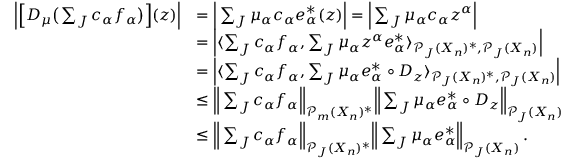
\begin{array} { r l } { \Big | \Big [ D _ { \mu } \big ( \sum _ { J } c _ { \alpha } f _ { \alpha } \big ) \Big ] ( z ) \Big | } & { = \Big | \sum _ { J } \mu _ { \alpha } c _ { \alpha } e _ { \alpha } ^ { * } ( z ) \Big | = \Big | \sum _ { J } \mu _ { \alpha } c _ { \alpha } z ^ { \alpha } \Big | } \\ & { = \Big | \langle \sum _ { J } c _ { \alpha } f _ { \alpha } , \sum _ { J } \mu _ { \alpha } z ^ { \alpha } e _ { \alpha } ^ { * } \rangle _ { \mathcal { P } _ { J } ( X _ { n } ) ^ { * } , \mathcal { P } _ { J } ( X _ { n } ) } \Big | } \\ & { = \Big | \langle \sum _ { J } c _ { \alpha } f _ { \alpha } , \sum _ { J } \mu _ { \alpha } e _ { \alpha } ^ { * } \circ D _ { z } \rangle _ { \mathcal { P } _ { J } ( X _ { n } ) ^ { * } , \mathcal { P } _ { J } ( X _ { n } ) } \Big | } \\ & { \leq \Big \| \sum _ { J } c _ { \alpha } f _ { \alpha } \Big \| _ { \mathcal { P } _ { m } ( X _ { n } ) ^ { * } } \Big \| \sum _ { J } \mu _ { \alpha } e _ { \alpha } ^ { * } \circ D _ { z } \Big \| _ { \mathcal { P } _ { J } ( X _ { n } ) } } \\ & { \leq \Big \| \sum _ { J } c _ { \alpha } f _ { \alpha } \Big \| _ { \mathcal { P } _ { J } ( X _ { n } ) ^ { * } } \Big \| \sum _ { J } \mu _ { \alpha } e _ { \alpha } ^ { * } \Big \| _ { \mathcal { P } _ { J } ( X _ { n } ) } \, . } \end{array}